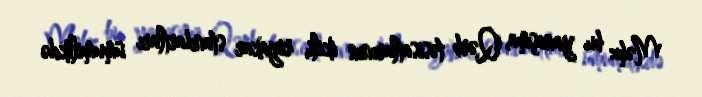
Məhz bu yanaşma, Qərb təsisatlarının ikili, riyakar standartları ümumilikdə